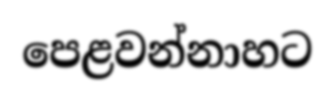
පෙළවන්නාහට